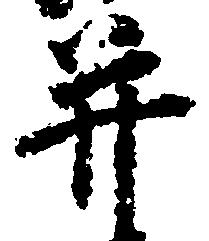
并